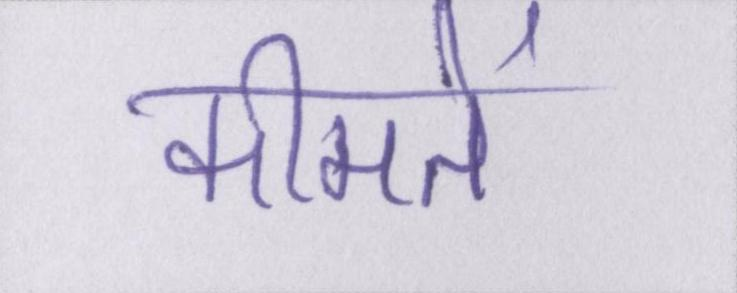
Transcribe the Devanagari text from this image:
कीमतें